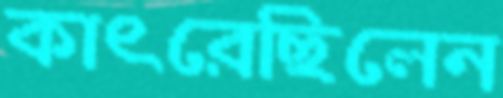
কাৎরেছিলেন